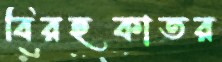
বিরহকাতর